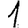
Digit: 1